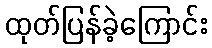
ထုတ်ပြန်ခဲ့ကြောင်း